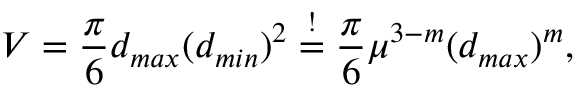
V = \frac { \pi } { 6 } d _ { m a x } ( d _ { m i n } ) ^ { 2 } \overset { ! } { = } \frac { \pi } { 6 } \mu ^ { 3 - m } ( d _ { m a x } ) ^ { m } ,